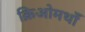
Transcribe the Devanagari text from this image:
क्रिओमथाँ